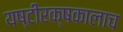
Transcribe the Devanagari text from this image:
यष्टीरक्षकालाच